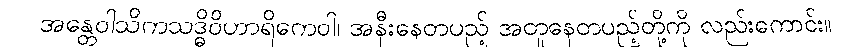
အန္တေဝါသိကသဒ္ဓိဝိဟာရိကေဝါ၊ အနီးနေတပည့် အတူနေတပည့်တို့ကို လည်းကောင်း။